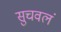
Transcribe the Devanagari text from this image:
सुचवलं